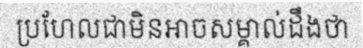
ប្រហែលជាមិនអាចសម្គាល់ដឹងថា